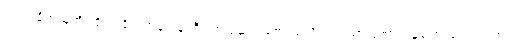
ကယ်ထိုက်သူကို ထိုက်ထိုက်တန်တန်ကြီး ကယ်ဆယ်စောင်မလိုက်ရသော ကောင်းမှုကြောင့်လဲ ရင်ထဲတွင်